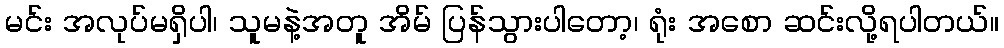
မင်း အလုပ်မရှိပါ၊ သူမနဲ့အတူ အိမ် ပြန်သွားပါတော့၊ ရုံး အစော ဆင်းလို့ရပါတယ်။